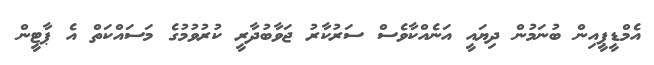
އެމްޑީޕީއިން ބުނަމުން ދިޔައީ އަނެއްކާވެސް ސަރުކާރު ޖަވާބުދާރީ ކުރުވުމުގެ މަސައްކަތް އެ ޕާޓީން